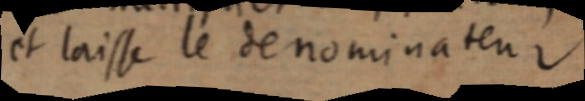
et laisse le denominateur